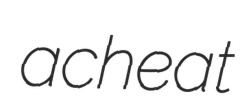
acheat